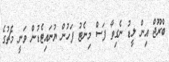
ބްރޫޖް އިން ލީޑު ނެގިތާ ފަސް މިނެޓު ފަހުން ޔުނައިޓެޑުން ވަނީ މެޗުގެ